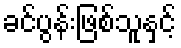
ခင်ပွန်းဖြစ်သူနှင့်